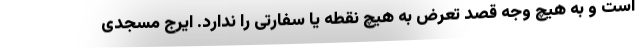
است و به هیچ وجه قصد تعرض به هیچ نقطه یا سفارتی را ندارد. ایرج مسجدی